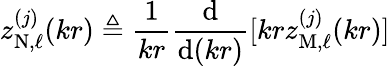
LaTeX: z_{\mathrm{N},\ell}^{(j)}(kr)\triangleq\frac{1}{kr}\frac{\mathrm{d}}{\mathrm{d}(kr)}[krz_{\mathrm{M},\ell}^{(j)}(kr)]